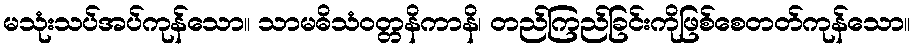
မသုံးသပ်အပ်ကုန်သော။ သာမဓိသံဝတ္တနိကာနိ၊ တည်ကြည်ခြင်းကိုဖြစ်စေတတ်ကုန်သော။